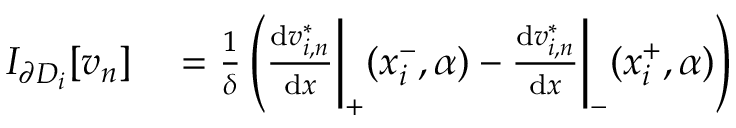
\begin{array} { r l } { I _ { \partial D _ { i } } [ v _ { n } ] } & { { } = \frac { 1 } { \delta } \left( \frac { \mathrm { d } v _ { i , n } ^ { * } } { \mathrm { d } x } \bigg \vert _ { + } ( x _ { i } ^ { - } , \alpha ) - \frac { \mathrm { d } v _ { i , n } ^ { * } } { \mathrm { d } x } \bigg \vert _ { - } ( x _ { i } ^ { + } , \alpha ) \right) } \end{array}